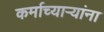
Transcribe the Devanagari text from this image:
कर्माच्यार्‍यांना